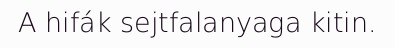
A hifák sejtfalanyaga kitin.